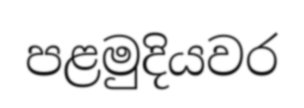
පළමුදියවර